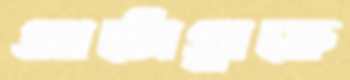
আটোগ্রাফে